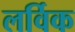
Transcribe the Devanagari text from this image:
लर्विक